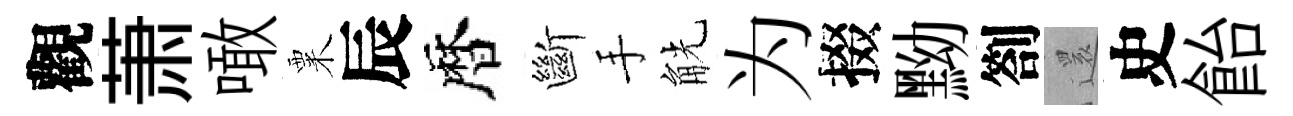
觀萧噉粟辰暦斷手觥为掇黝劄𮟃史飴